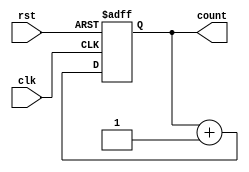

module counter_2bits (input clk, rst, output reg [1:0] count);

always @ (posedge clk, posedge rst)
begin
    if(rst==1)
        count=2'b0;
    else
        count <= count+1;
end
endmodule